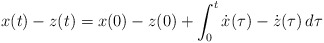
\begin{align*}x(t)-z(t) = x(0)-z(0)+\int_0^t \dot{x}(\tau)-\dot{z}(\tau) \,d\tau\end{align*}